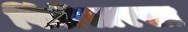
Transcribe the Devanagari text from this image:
पिंडीसारखा